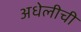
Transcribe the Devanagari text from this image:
अधेलीची